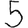
Digit: 5